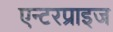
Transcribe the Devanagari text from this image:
एन्टरप्राइज